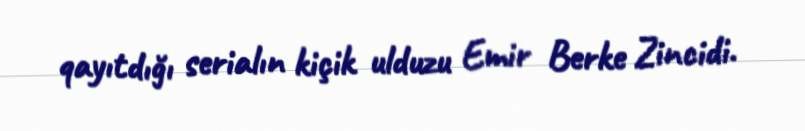
qayıtdığı serialın kiçik ulduzu Emir Berke Zincidi.